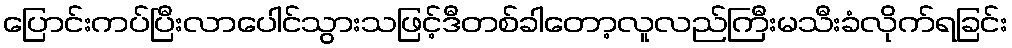
ပြောင်းကပ်ပြီးလာပေါင်သွားသဖြင့်ဒီတစ်ခါတော့လူလည်ကြီးမသီးခံလိုက်ရခြင်း